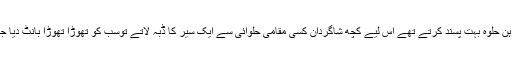
سوہن حلوہ بہت پسند کرتے تھے اس لیے کچھ شاگردان کسی مقامی حلوائی سے ایک سیر کا ڈبہ لاتے توسب کو تھوڑا تھوڑا بانٹ دیا جاتا۔